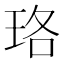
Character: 珞